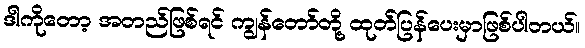
ဒါကိုတော့ အတည်ဖြစ်ရင် ကျွန်တော်တို့ ထုတ်ပြန်ပေးမှာဖြစ်ပါတယ်။